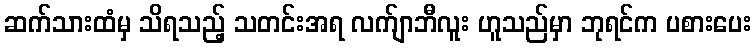
ဆက်သားထံမှ သိရသည့် သတင်းအရ လက်ျာဘီလူး ဟူသည်မှာ ဘုရင်က ပစားပေး